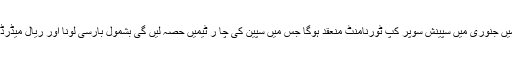
جدہ میں جنوری میں سپینش سوپر کپ ٹورنامنٹ منعقد ہوگا جس میں سپین کی چا ر ٹیمیں حصہ لیں گی بشمول بارسی لونا اور ریال میڈرڈ کے۔